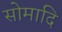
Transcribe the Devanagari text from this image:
सोमादि